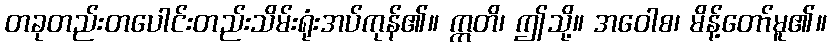
တခုတည်းတပေါင်းတည်းသိမ်းရုံးအပ်ကုန်၏။ ဣတိ၊ ဤသို့။ အဝေါစ၊ မိန့်တော်မူ၏။